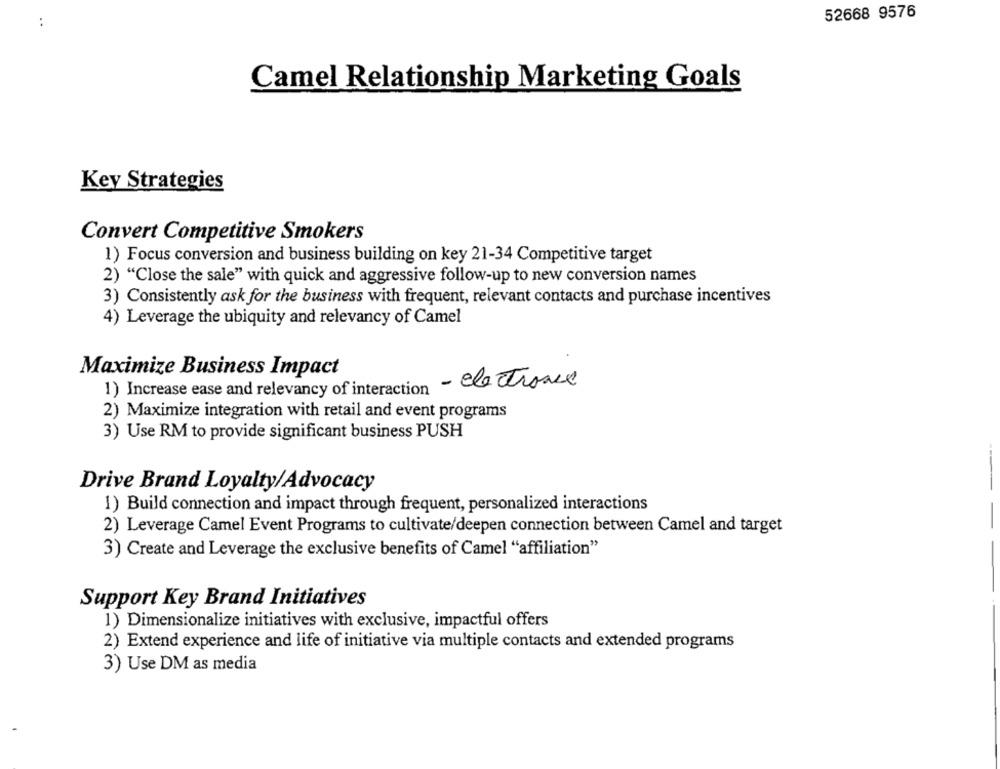
52668 9576
..
Camel Relationship Marketing Goals
Key Strategies
Convert Competitive Smokers
1) Focus conversion and business building on key 21-34 Competitive target
2) "Close the sale" with quick and aggressive follow-up to new conversion names
3) Consistently ask for the business with frequent, relevant contacts and purchase incentives
4) Leverage the ubiquity and relevancy of Camel
Maximize Business Impact
1) Increase ease and relevancy of interaction - electrone
2) Maximize integration with retail and event programs
3) Use RM to provide significant business PUSH
-----
Drive Brand Loyalty/Advocacy
1) Build connection and impact through frequent, personalized interactions
2) Leverage Camel Event Programs to cultivate/deepen connection between Camel and target
3) Create and Leverage the exclusive benefits of Camel "affiliation"
Support Key Brand Initiatives
1) Dimensionalize initiatives with exclusive, impactful offers
2) Extend experience and life of initiative via multiple contacts and extended programs
3) Use DM as media